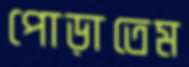
পোড়াতেম